Civil Veterinary Dept. Bombay admin report 1923-31 - 1923-1931
Year: 1923
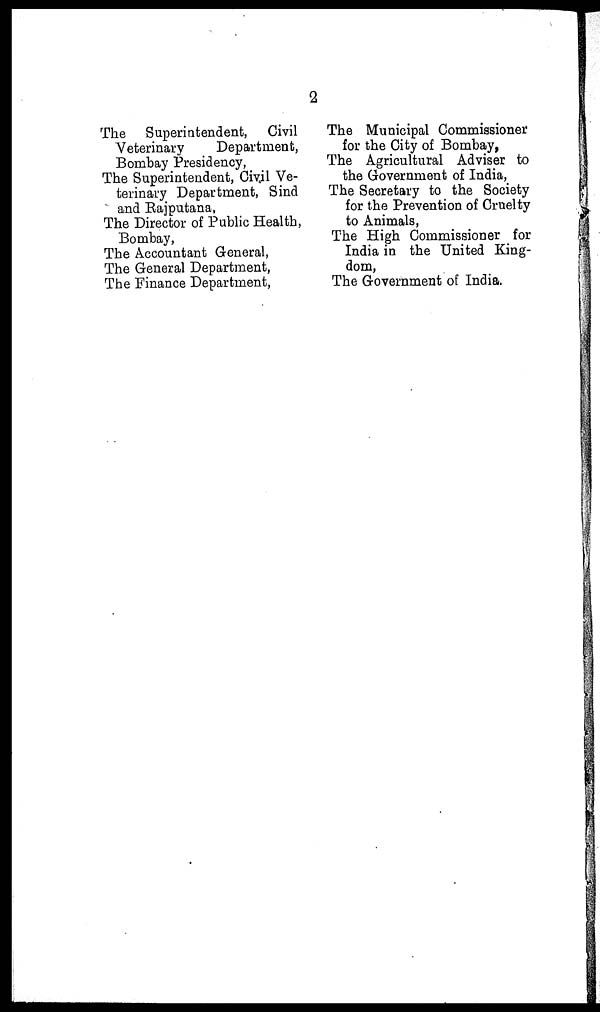
2
The Superintendent, Civil
Veterinary
Department,
Bombay Presidency,
The Superintendent, Civil Ve-
terinary Department, Sind
and Rajputana,
The Director of Public Health,
Bombay,
The Accountant General,
The General Department,
The Finance Department,
The Municipal Commissioner
for the City of Bombay,
The Agricultural Adviser to
the Government of India,
The Secretary to the Society
for the Prevention of Cruelty
to Animals,
The High Commissioner for
India in the United King-
dom,
The Government of India.